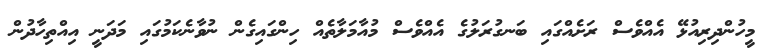
މީހުންދިރިއުޅޭ އެއްވެސް ރަށެއްގައި ބަނގުރަލުގެ އެއްވެސް މުއާމަލާތެއް ހިންގައިގެން ނުވާނެކަމުގައި މަދަނީ އިއްތިހާދުން